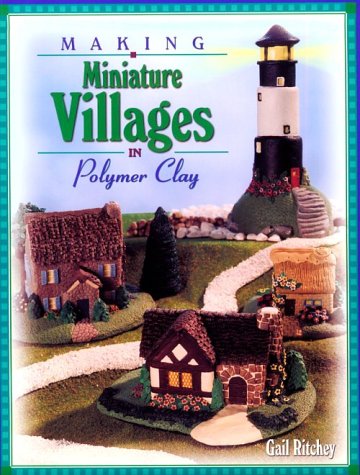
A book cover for Making Miniature Villages in Polymer Clay; Gail Ritchey; Crafts, Hobbies & Home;